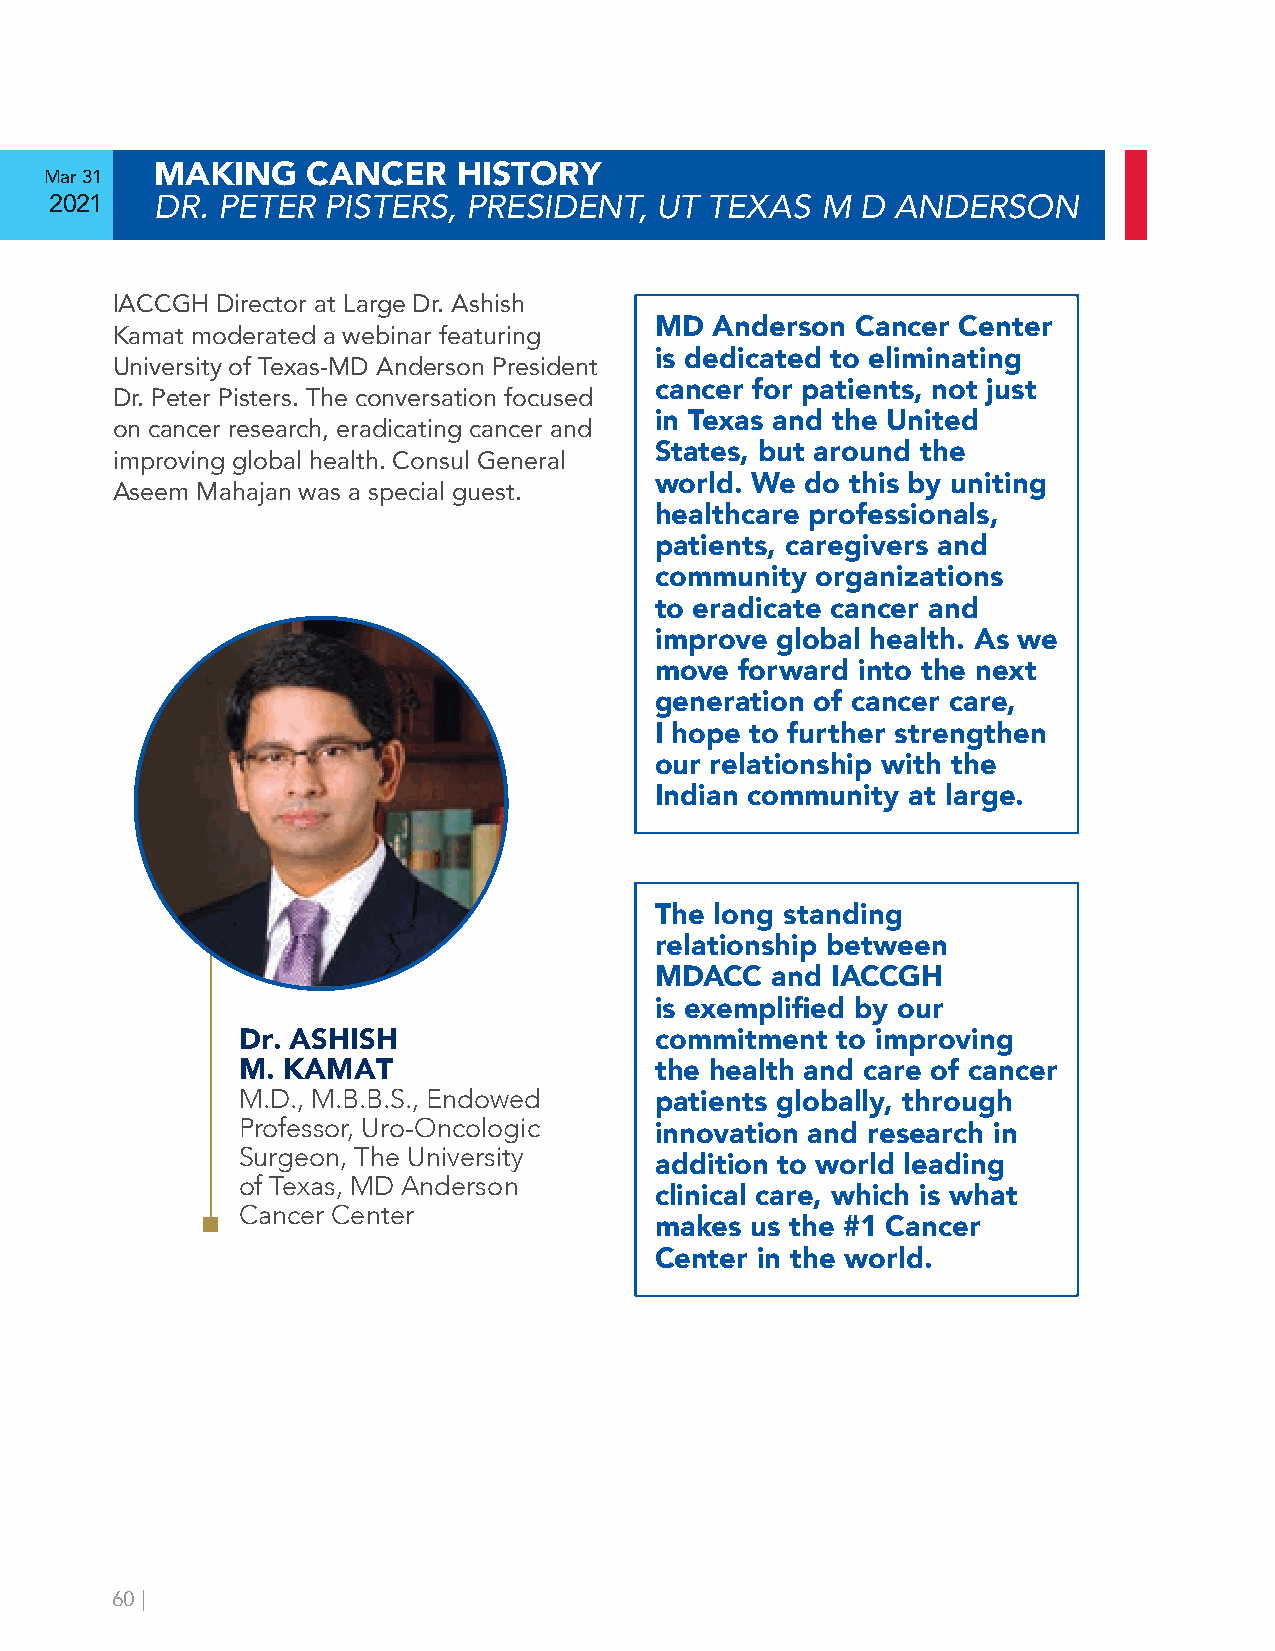
Mar 31 MAKING    CANCER    HISTORY
 2021   DR. PETER  PISTERS,  PRESIDENT,  UT  TEXAS  M  D ANDERSON
 IACCGH Director at Large Dr. Ashish
 MD  Anderson  Cancer Center
 Kamat moderated a webinar featuring
 is dedicated to eliminating
 University of Texas-MD Anderson President
 cancer for patients, not just
 Dr. Peter Pisters. The conversation focused
 in Texas and the United
 on cancer research, eradicating cancer and
 States, but around the
 improving global health. Consul General
 world. We do this by uniting
 Aseem Mahajan was a special guest.
 healthcare professionals,
 patients, caregivers and
 community  organizations
 to eradicate cancer and
 improve global health. As we
 move  forward into the next
 generation of cancer care,
 I hope to further strengthen
 our relationship with the
 Indian community at large.
 The long standing
 relationship between
 MDACC   and IACCGH
 is exemplified by our
 Dr. ASHISH                 commitment  to improving
 M. KAMAT                   the health and care of cancer
 M.D., M.B.B.S., Endowed
 patients globally, through
 Professor, Uro-Oncologic
 innovation and research in
 Surgeon, The University
 addition to world leading
 of Texas, MD Anderson
 clinical care, which is what
 Cancer Center
 makes  us the #1 Cancer
 Center in the world.
 60 |